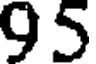
95